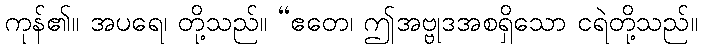
ကုန်၏။ အပရေ၊ တို့သည်။ “ဧတေ၊ ဤအဗ္ဗုဒအစရှိသော ငရဲတို့သည်။